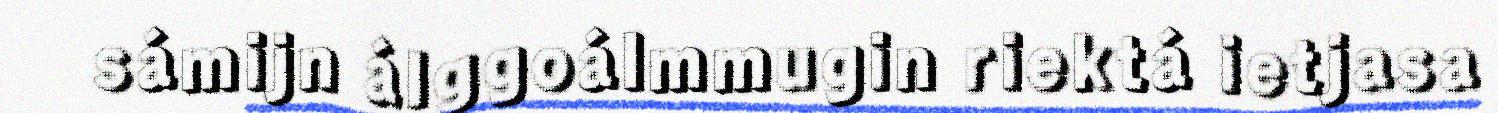
sámijn álggoálmmugin riektá ietjasa